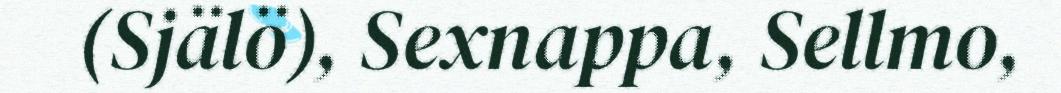
(Själö), Sexnappa, Sellmo,